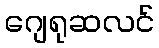
ဂျေရုဆလင်